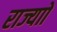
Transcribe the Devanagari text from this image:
राज्याों